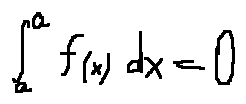
\int \limits _ { a } ^ { a } f ( x ) d x = 0